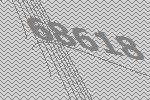
68618